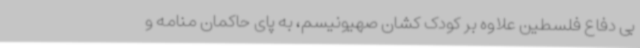
بی دفاع فلسطین علاوه بر کودک کشان صهیونیسم، به پای حاکمان منامه و